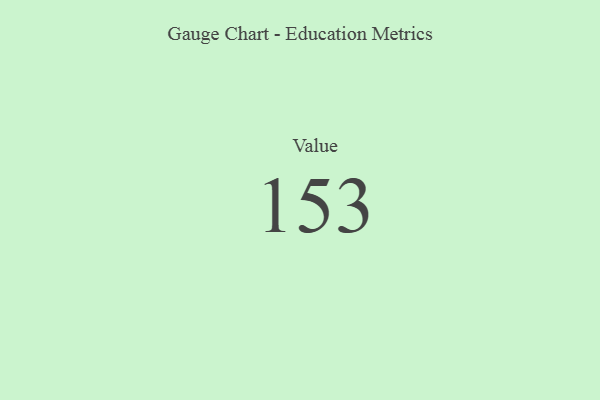
{"axis": {"x": "Metric", "y": "Value"}, "legend": [""], "data": [{"x": "Value", "y": 153, "type": ""}]}